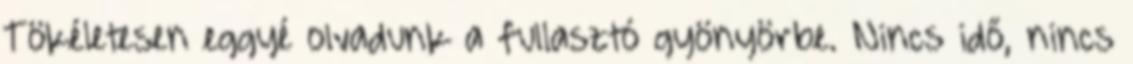
Tökéletesen eggyé olvadunk a fullasztó gyönyörbe. Nincs idő, nincs